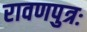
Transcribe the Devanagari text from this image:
रावणपुत्रः